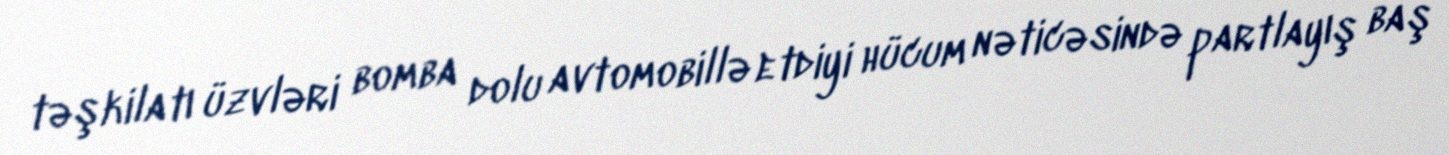
təşkilatı üzvləri bomba dolu avtomobillə etdiyi hücum nəticəsində partlayış baş